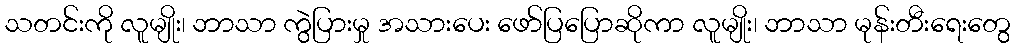
သတင်းကို လူမျိုး၊ ဘာသာ ကွဲပြားမှု အသားပေး ဖော်ပြပြောဆိုကာ လူမျိုး၊ ဘာသာ မုန်းတီးရေးတွေ